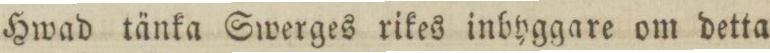
Hwad tänka Swerges rikes inbyggare om detta